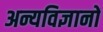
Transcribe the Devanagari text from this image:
अन्यविज्ञानों